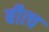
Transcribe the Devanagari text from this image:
बीत्च